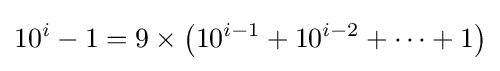
10^{i}-1=9\times \left(10^{i-1}+10^{i-2}+\cdots +1\right)